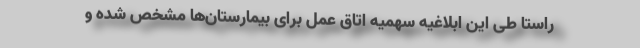
راستا طی این ابلاغیه سهمیه اتاق عمل برای بیمارستان‌ها مشخص شده و